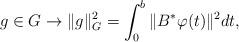
LaTeX: \begin{align*}g\in G \to \|g\|_G^2=\int_0^b{\| B^*\varphi (t)\|^2}dt,\end{align*}